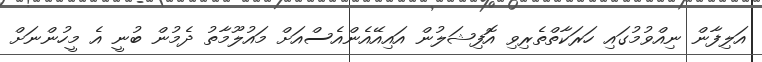
އަލިފާން ނިއްވުމުގައި ހަރަކާތްތެރިވި އޮފިޝަލުން އައިއޭއެންއެސްއަށް މައުލޫމާތު ދެމުން ބުނީ އެ މީހުންނަށް